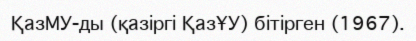
ҚазМУ-ды (қазіргі ҚазҰУ) бітірген (1967).